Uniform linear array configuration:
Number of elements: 16
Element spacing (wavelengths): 1
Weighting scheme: cosine
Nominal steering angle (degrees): -45
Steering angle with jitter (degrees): -44.958
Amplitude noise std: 0.05
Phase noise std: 0.05

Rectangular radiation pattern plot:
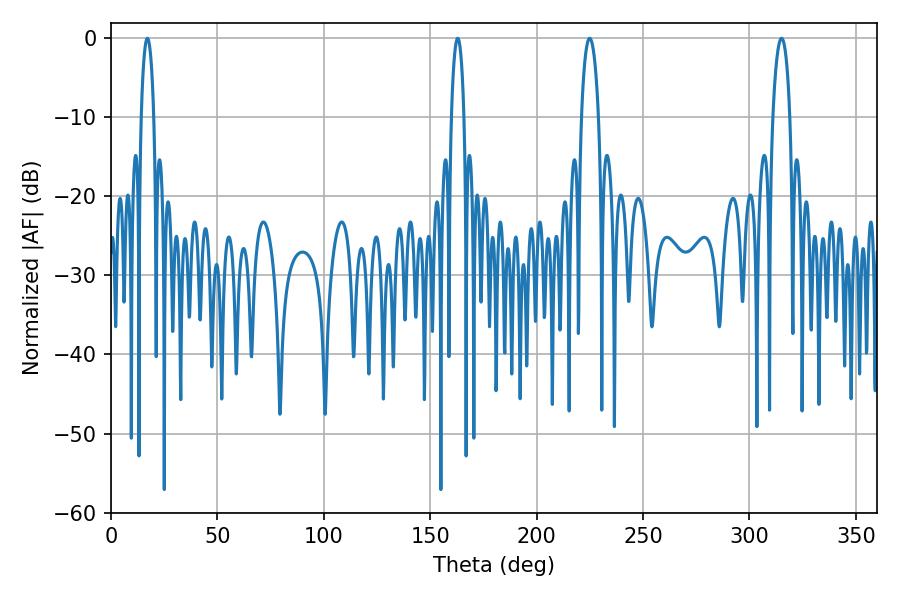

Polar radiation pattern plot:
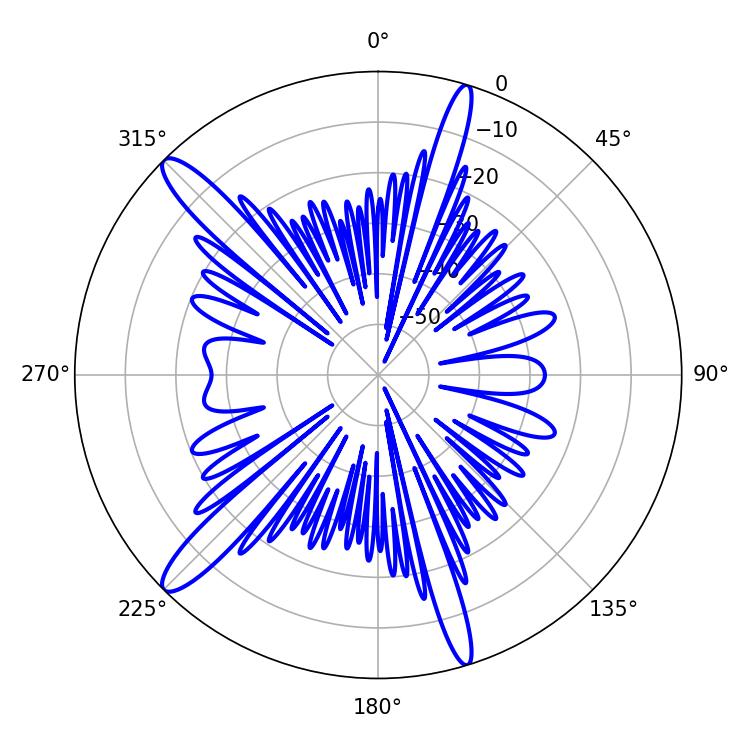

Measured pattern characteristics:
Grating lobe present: TRUE
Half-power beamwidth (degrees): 3.24
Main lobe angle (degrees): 17.1